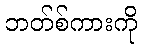
ဘတ်စ်ကားကို